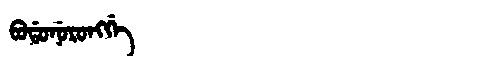
Manchu: ᠪᠣᡩᠣᠨᡠᡵᠣᠩᡤᡝ
Romanization: BODONURONGGE